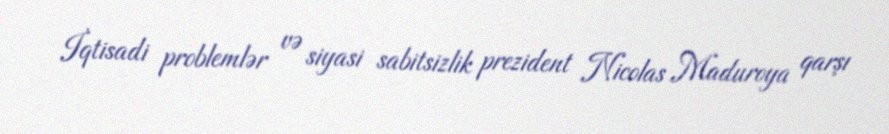
İqtisadi problemlər və siyasi sabitsizlik prezident Nicolas Maduroya qarşı